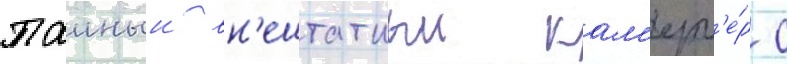
Таиныи вн'ештатныи кам'ерг'е́р с